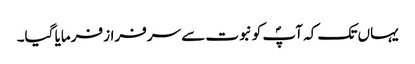
یہاں تک کہ آپؐ کو نبوت سے سرفراز فرمایا گیا۔